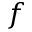
f